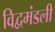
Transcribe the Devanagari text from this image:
विद्वमंडली